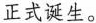
正式诞生。